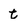
Character: t